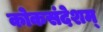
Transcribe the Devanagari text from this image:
कोकसंदेशम्